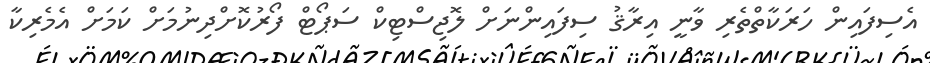
އެސިފައިން ހަރަކާތްތެރި ވާނީ އިރާޤު ސިފައިންނަށް ލޮޖިސްޓިކް ސަޕޯޓް ފޯރުކޮށްދިނުމަށް ކަމަށް އެމެރިކާ